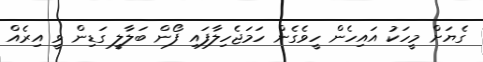
ގެޔަށް މީހަކު އައިހެން ހީވެގެން ހަމަޖެހިލާފައި ފޯން ބަލާލީ ގަޑިން ވީ އިރެއް